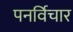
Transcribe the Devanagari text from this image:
पनर्विचार